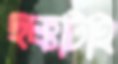
ছক্কাটাই